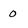
Character: 0